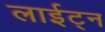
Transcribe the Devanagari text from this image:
लाईट्न